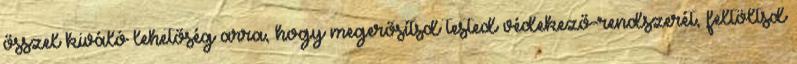
ősszel kiváló lehetőség arra, hogy megerősítsd tested védekező-rendszerét, feltöltsd